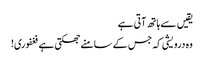
یقیں سے ہاتھ آتی ہے
وہ درویشی کہ جس کے سامنے جھکتی ہے فغفوری!